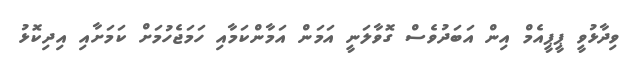
ވިދާޅުވީ ޕީޕީއެމް އިން އަބަދުވެސް ގޮވާލަނީ އަމަން އަމާންކަމާއި ހަމަޖެހުމަށް ކަމަށާއި އިދިކޮޅު